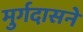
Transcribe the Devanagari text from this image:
मुर्गदासने